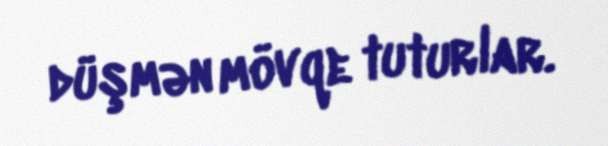
düşmən mövqe tuturlar.